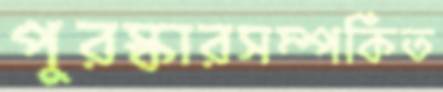
পুরস্কারসম্পর্কিত